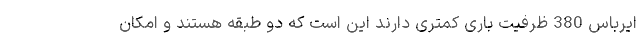
ایرباس 380 ظرفیت باری کمتری دارند این است که دو طبقه هستند و امکان